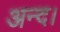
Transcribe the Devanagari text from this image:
अन्द।